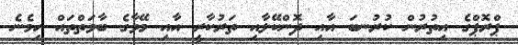
ޕްރޮޕްގެ އިތުރުން ކުރުނބަ އާއި ދޮންކޭލާއި ތަރުކާރީ އާއި މޭވާގެ ބާވަތްތައް ހިމެނެ